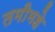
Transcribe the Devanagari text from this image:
तमीमहे